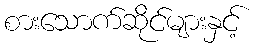
စားသောက်ဆိုင်များနှင့်